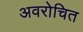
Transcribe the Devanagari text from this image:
अवरोचित